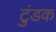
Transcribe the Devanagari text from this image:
टुंडक